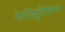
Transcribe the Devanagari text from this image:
रोगविक्रुतिशास्त्र